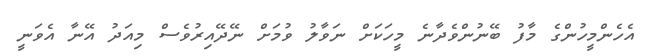
އެހެންމީހުންގެ މާފު ބޭނުންވެދާނެ މީހަކަށް ނަވާލު ވުމަށް ނޭދޭއިރުވެސް މިއަދު އޭނާ އެވަނީ